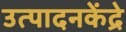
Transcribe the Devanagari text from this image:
उत्पादनकेंद्रे